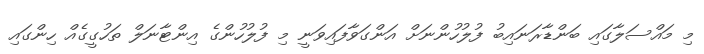
މި މައްސަލާގައި ބަންޑާރަނައިބު ފުލުހުންނަށް އަންގަވާފައިވަނީ މި ފުލުހުންގެ އިންޓާނަލް ތަހުގީގެއް ހިންގައި